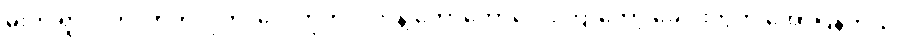
မိုးက ရွာလိုက်၊ တိတ်လိုက်၊ လေတိုက်လိုက်နဲ့ တော်တော်လေးကြာတော့ ခေါင်းတွဲက အော်ပြန်တယ်။